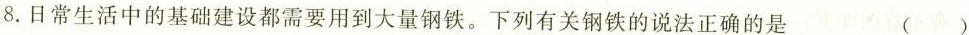
8.日常生活中的基础建设都需要用到大量钢铁。下列有关钢铁的说法正确的是 ( )